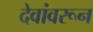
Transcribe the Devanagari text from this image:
देवांवरून